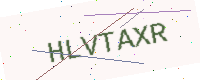
Text: HLVTAXR